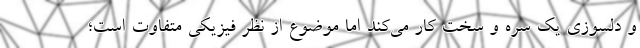
و دلسوزی یک سره و سخت کار می‌کند اما موضوع از نظر فیزیکی متفاوت است؛